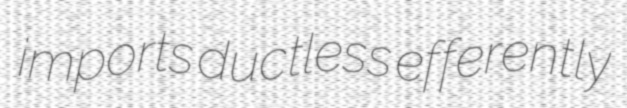
imports ductless efferently